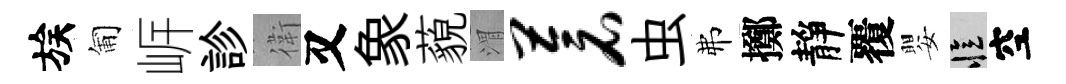
族匍㟁診衛又象藐渭苍虫弗擲靜覆嬰忆空